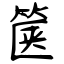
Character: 箧